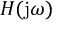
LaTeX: H ( \mathrm { j } \omega )